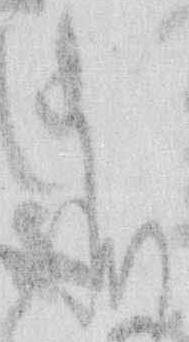
承